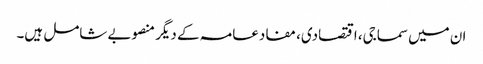
ان میں سماجی، اقتصادی، مفادعامہ کے دیگر منصوبے شامل ہیں۔